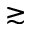
\gtrsim